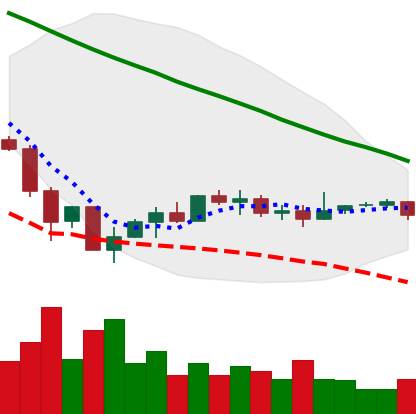
Ticker: EOS-USD
Chart end date: 2019-12-09
Forward return: -3.382%
Label: down_3_5